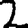
Digit: 2